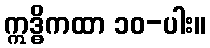
ဣဒ္ဓိကထာ ၁၀-ပါး။